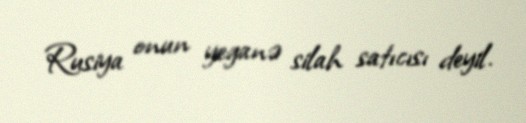
Rusiya onun yeganə silah satıcısı deyil.